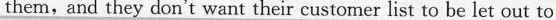
them,and they don't want their customer list to be let out to